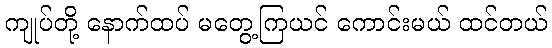
ကျုပ်တို့ နောက်ထပ် မတွေ့ကြယင် ကောင်းမယ် ထင်တယ်